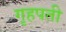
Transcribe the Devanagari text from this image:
गृहपती